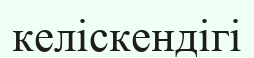
келіскендігі